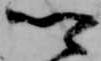
卿